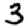
Digit: 3